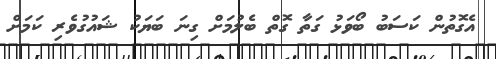
އެގޮތުން ކަސަބު ބޯވަޅު ގަތާ ގޮތް ބެލުމަށް ގިނަ ބަޔަކު ޝައުގުވެރި ކަމަށް